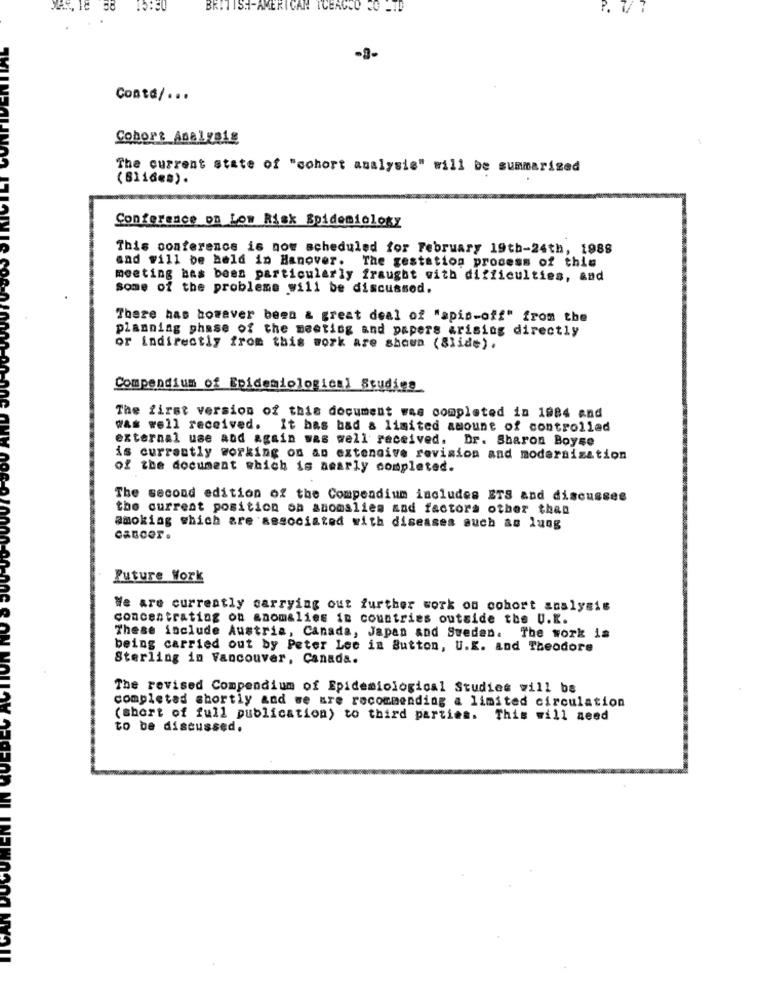
BRI
ISH-AMERTO
CAR
-3-
Conta/ ...
Cobort Analvalg
The current state of "cohort analysis" will be summarized
(Slide#).
Conference on Low Risk Epidemiology
This conference is now scheduled for February 19th-24th, 1988
and will be held in Hanover. The gestation process of this
meeting has been particularly fraught with difficulties, and
some of the problems will be discussed.
There has however been & great deal of "spin-off" from the
planning phase of the meeting and papers arising directly
or indirectly from this work are shown (Slide).
Compendium of Epidemiological Studies
The first version of this document was completed in 1984 and
was well received. It bas bad & limited amount of controlled
external use and again was well received. Dr. Sharon Boyse
is currently working on an extensive revision and modernization
of the document which is amarly completed.
The second edition of the Compendium includes ETS and discusses
the current position on anomalies and factors other than
smoking which are associated with diseases such as lung
Cancer .
Future Work
We are currently carrying out further work on cohort analysis
concentrating on anomalies in countries outside the U.K.
These include Austria, Canada, Japan and Sweden. The work is
being carried out by Peter Lee in Button, U.K. and Theodore
Sterling in Vancouver, Canada.
The revised Compendium of Epidemiological Studies will be
completed shortly and we are recommending a limited circulation
(short of full publication) to third parties. This will need
to be discussed.